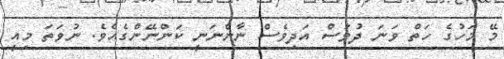
މޭ މަހުގެ ހަތް ވަނަ ދުވަސް އަދިވެސް ނާންނަނީ ކަންނޭންގެއެވެ. ނުވަތަ މިއީ